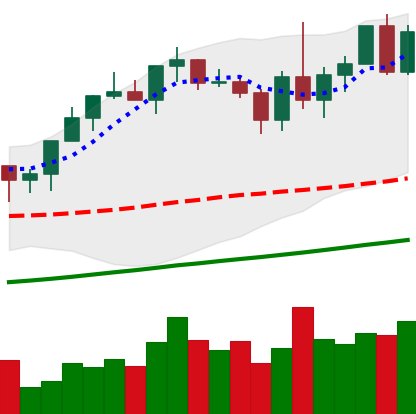
Ticker: XMR-USD
Chart end date: 2020-12-28
Forward return: -14.037%
Label: down_7plus